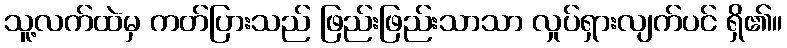
သူ့လက်ထဲမှ ကတ်ပြားသည် ဖြည်းဖြည်းသာသာ လှုပ်ရှားလျက်ပင် ရှိ၏။